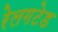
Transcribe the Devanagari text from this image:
रेलगटेड